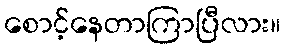
စောင့်နေတာကြာပြီလား။